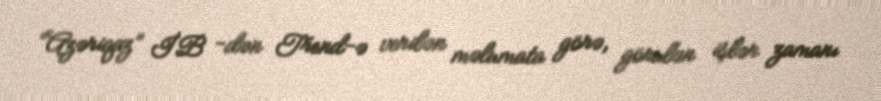
“Azəriqaz” İB -dən Trend-ə verilən məlumata görə, görulən işlər zamanı